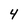
Character: 4